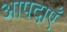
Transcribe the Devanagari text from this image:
आपदाएँ